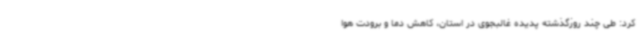
کرد: طی چند روزگذشته پدیده غالبجوی در استان، کاهش دما و برودت هوا